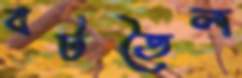
বটতৈল